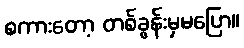
စကားတော့ တစ်ခွန်းမှမပြော။